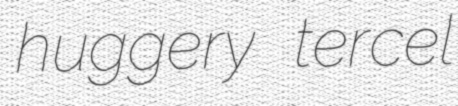
huggery tercel